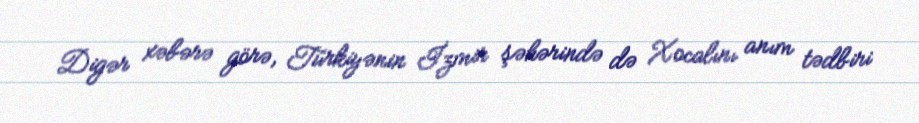
Digər xəbərə görə, Türkiyənin İzmir şəhərində də Xocalını anım tədbiri